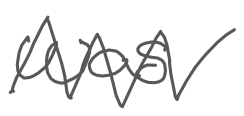
Text: was
Cross-out: mix
Writing tool: digital_gray